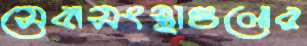
সেবাসংস্থাগুলোর